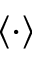
\langle \cdot \rangle